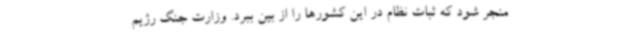
منجر شود که ثبات نظام در این کشورها را از بین ببرد. وزارت جنگ رژیم